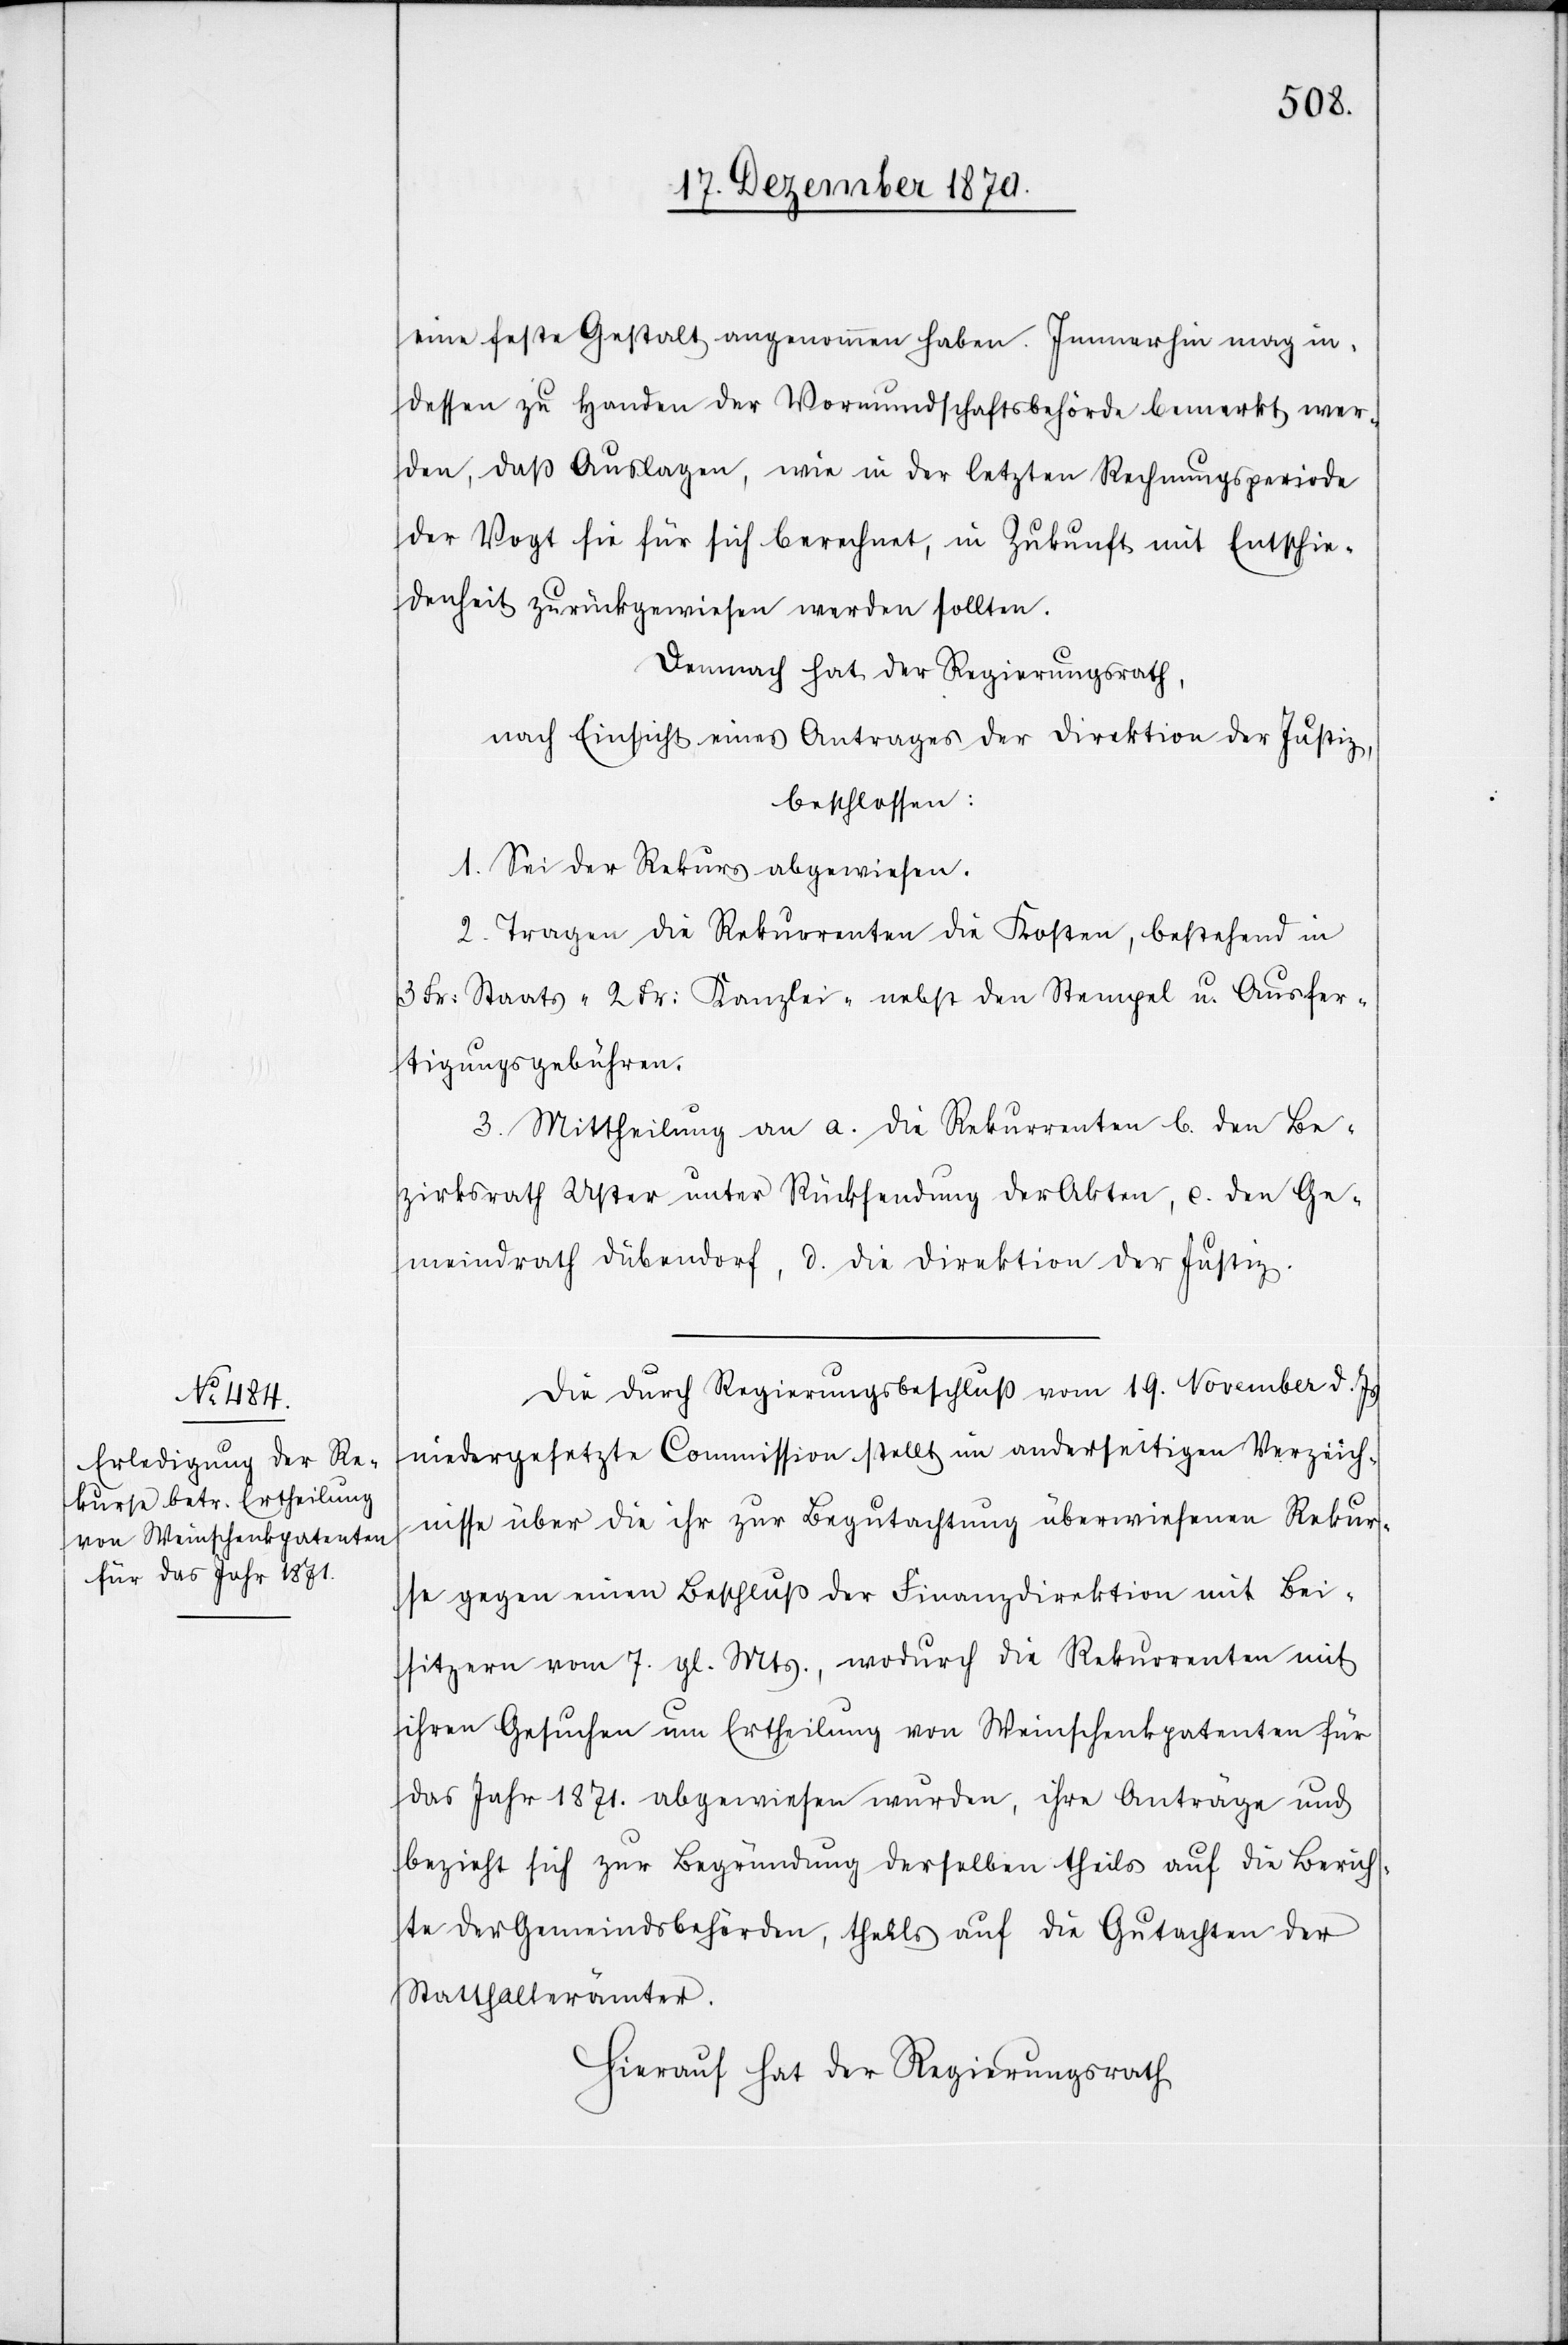
eine feste Gestalt angenommen haben. Immerhin mag in¬
dessen zu Handen der Vormundschaftsbehörde bemerkt wer¬
den, daß Auslagen, wie in der letzten Rechnungsperiode
der Vogt sie für sich berechnet, in Zukunft mit Entschie¬
denheit zurückgewiesen werden sollten.
Demnach hat der Regierungsrath,
nach Einsicht eines Antrages der Direktion der Justiz,
beschlossen:
1. Sei der Rekurs abgewiesen.
2. Tragen die Rekurrenten die Kosten, bestehend in
3 Fr: Staats-[,] 2 Fr: Kanzlei- nebst den Stempel[-] u. Ausfer¬
tigungsgebühren.
3. Mittheilung an a. die Rekurrenten b. den Be¬
zirksrath Uster unter Rücksendung der Akten, c. den Ge¬
meindrath Dübendorf, d. die Direktion der Justiz.
Die durch Regierungsbeschluß vom 19. November d. Js.
niedergesetzte Commission stellt im anderseitigen Verzeich¬
nisse über die ihr zur Begutachtung überwiesenen Rekur¬
se gegen einen Beschluß der Finanzdirektion mit Bei¬
sitzern vom 7. gl. Mts., wodurch die Rekurrenten mit
ihren Gesuchen um Ertheilung von Weinschenkpatenten für
das Jahr 1871. abgewiesen wurden, ihre Anträge und
bezieht sich zur Begründung derselben theils auf die Berich¬
te der Gemeindsbehörden, theils auf die Gutachten der
Statthalterämter.
Hierauf hat der Regierungsrath